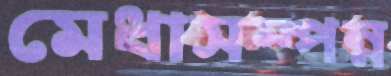
মেধাসম্পন্ন